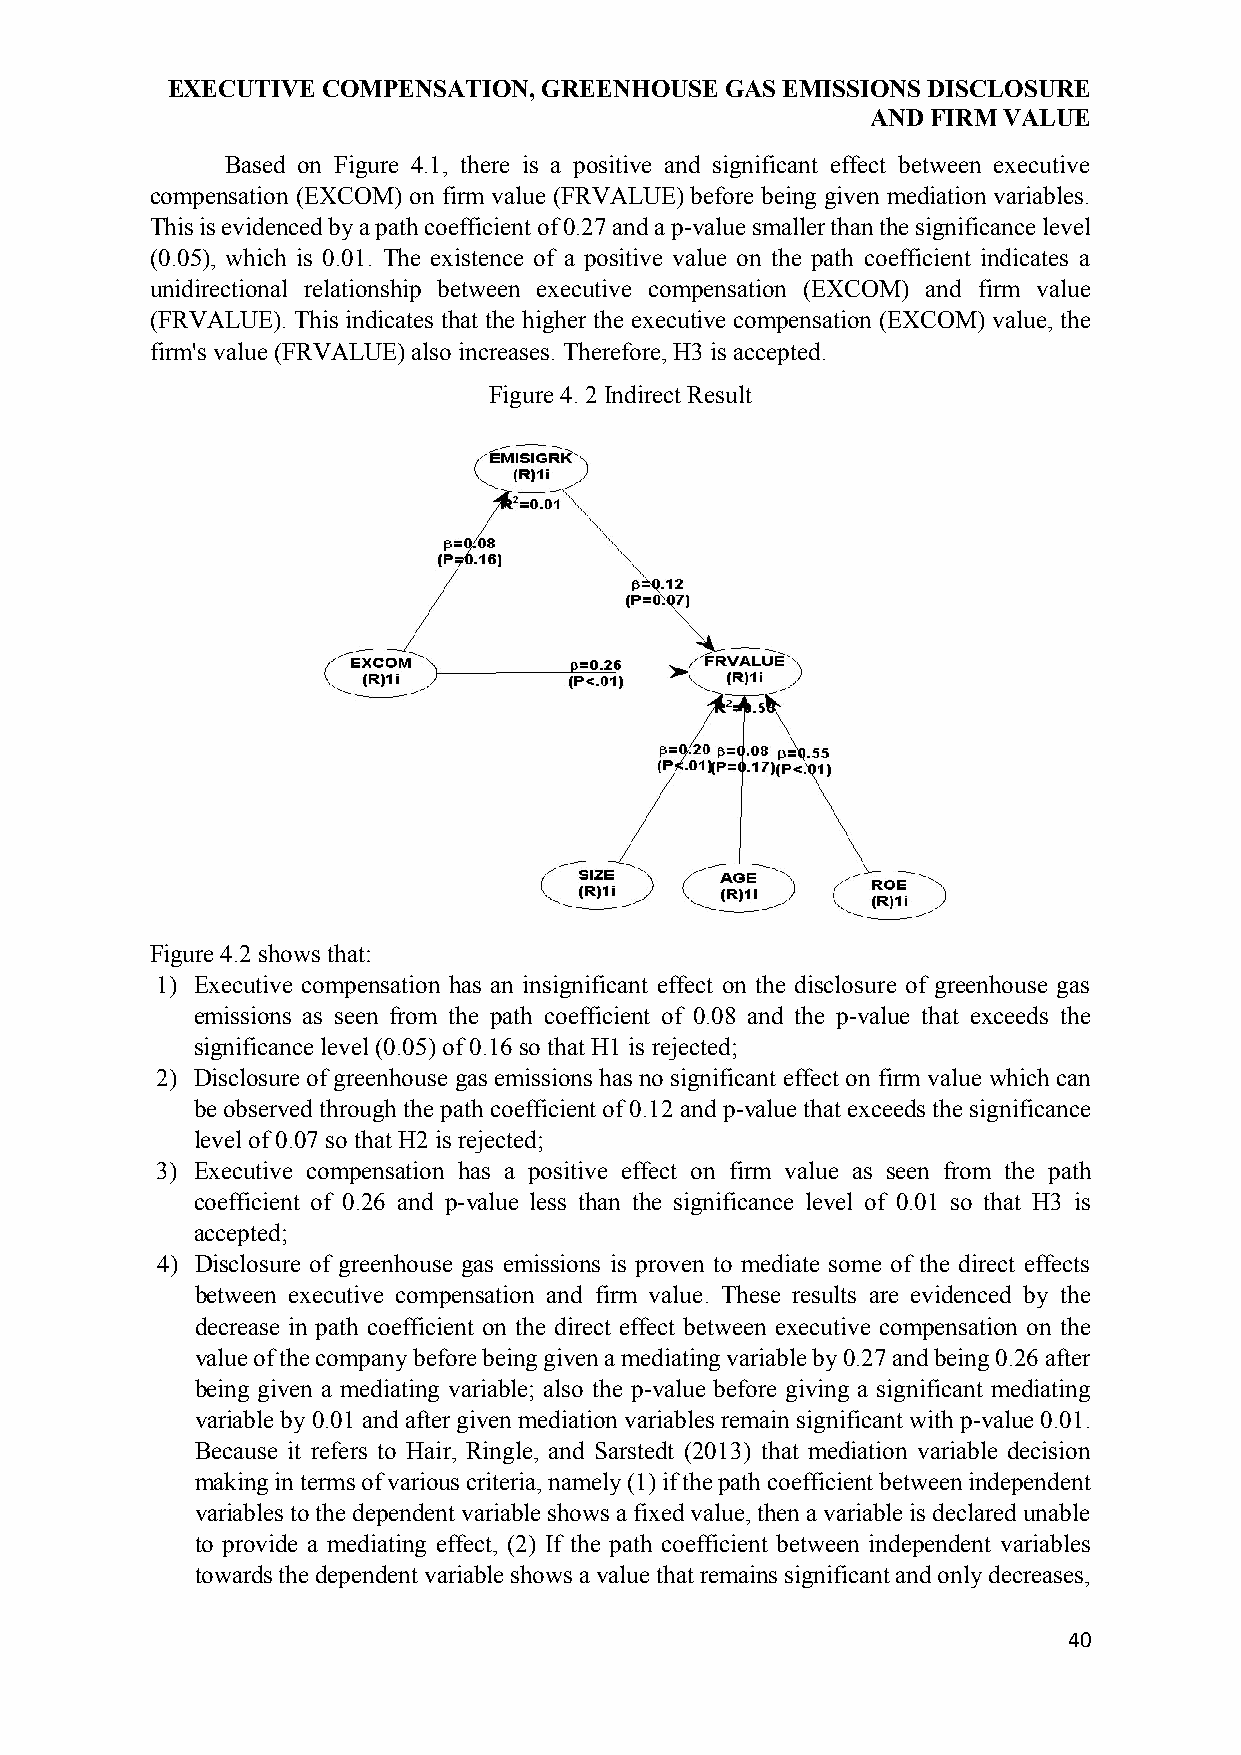
EXECUTIVE COMPENSATION,  GREENHOUSE  GAS EMISSIONS DISCLOSURE
 AND FIRM VALUE
 Based on Figure 4.1, there is a positive and significant effect between executive
 compensation (EXCOM) on firm value (FRVALUE) before being given mediation variables.
 This is evidenced by a path coefficient of 0.27 and a p-value smaller than the significance level
 (0.05), which is 0.01. The existence of a positive value on the path coefficient indicates a
 unidirectional relationship between executive compensation (EXCOM) and firm value
 (FRVALUE). This indicates that the higher the executive compensation (EXCOM) value, the
 firm's value (FRVALUE) also increases. Therefore, H3 is accepted.
 Figure 4. 2 Indirect Result
 Figure 4.2 shows that:
 1) Executive compensation has an insignificant effect on the disclosure of greenhouse gas
 emissions as seen from the path coefficient of 0.08 and the p-value that exceeds the
 significance level (0.05) of 0.16 so that H1 is rejected;
 2) Disclosure of greenhouse gas emissions has no significant effect on firm value which can
 be observed through the path coefficient of 0.12 and p-value that exceeds the significance
 level of 0.07 so that H2 is rejected;
 3) Executive compensation has a positive effect on firm value as seen from the path
 coefficient of 0.26 and p-value less than the significance level of 0.01 so that H3 is
 accepted;
 4) Disclosure of greenhouse gas emissions is proven to mediate some of the direct effects
 between executive compensation and firm value. These results are evidenced by the
 decrease in path coefficient on the direct effect between executive compensation on the
 value of the company before being given a mediating variable by 0.27 and being 0.26 after
 being given a mediating variable; also the p-value before giving a significant mediating
 variable by 0.01 and after given mediation variables remain significant with p-value 0.01.
 Because it refers to Hair, Ringle, and Sarstedt (2013) that mediation variable decision
 making in terms of various criteria, namely (1) if the path coefficient between independent
 variables to the dependent variable shows a fixed value, then a variable is declared unable
 to provide a mediating effect, (2) If the path coefficient between independent variables
 towards the dependent variable shows a value that remains significant and only decreases,
 40